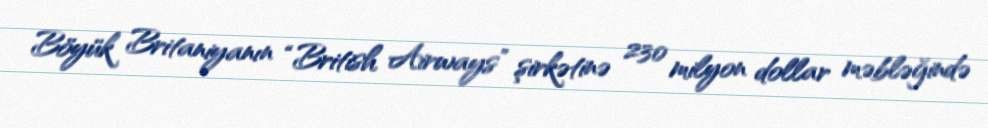
Böyük Britaniyanın “British Airways” şirkətinə 230 milyon dollar məbləğində